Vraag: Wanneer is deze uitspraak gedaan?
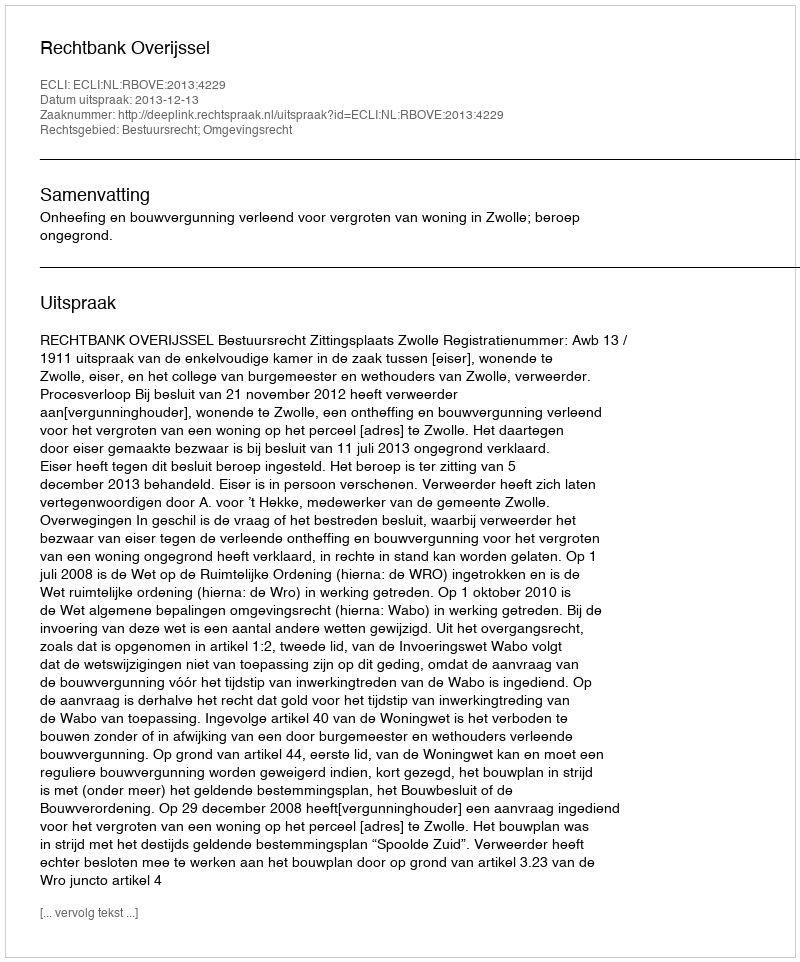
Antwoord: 2013-12-13